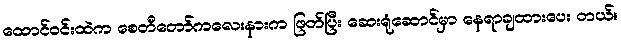
ထောင်ဝင်းထဲက စေတီတော်ကလေးနားက ဖြတ်ပြီး ဆေးရုံဆောင်မှာ နေရာချထားပေး တယ်။